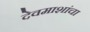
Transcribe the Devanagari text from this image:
देवमाशांचा